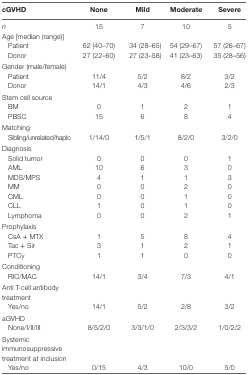
<table><thead><tr><td><b>cGVHD</b></td><td><b>None</b></td><td><b>Mild</b></td><td><b>Moderate</b></td><td><b>Severe</b></td></tr></thead><tbody><tr><td><i>n</i></td><td>15</td><td>7</td><td>10</td><td>5</td></tr><tr><td>Age [median (range)]</td><td></td><td></td><td></td><td></td></tr><tr><td> Patient</td><td>62 (40–70)</td><td>34 (28–65)</td><td>54 (29–67)</td><td>57 (26–67)</td></tr><tr><td> Donor</td><td>27 (22–60)</td><td>27 (23–58)</td><td>41 (23–63)</td><td>35 (28–56)</td></tr><tr><td>Gender (male/female)</td><td></td><td></td><td></td><td></td></tr><tr><td> Patient</td><td>11/4</td><td>5/2</td><td>8/2</td><td>3/2</td></tr><tr><td> Donor</td><td>14/1</td><td>4/3</td><td>4/6</td><td>2/3</td></tr><tr><td>Stem cell source</td><td></td><td></td><td></td><td></td></tr><tr><td> BM</td><td>0</td><td>1</td><td>2</td><td>1</td></tr><tr><td> PBSC</td><td>15</td><td>6</td><td>8</td><td>4</td></tr><tr><td>Matching</td><td></td><td></td><td></td><td></td></tr><tr><td> Sibling/unrelated/haplo</td><td>1/14/0</td><td>1/5/1</td><td>8/2/0</td><td>3/2/0</td></tr><tr><td>Diagnosis</td><td></td><td></td><td></td><td></td></tr><tr><td> Solid tumor</td><td>0</td><td>0</td><td>0</td><td>1</td></tr><tr><td> AML</td><td>10</td><td>6</td><td>3</td><td>0</td></tr><tr><td> MDS/MPS</td><td>4</td><td>1</td><td>1</td><td>3</td></tr><tr><td> MM</td><td>0</td><td>0</td><td>2</td><td>0</td></tr><tr><td> CML</td><td>0</td><td>0</td><td>1</td><td>0</td></tr><tr><td> CLL</td><td>1</td><td>0</td><td>1</td><td>0</td></tr><tr><td> Lymphoma</td><td>0</td><td>0</td><td>2</td><td>1</td></tr><tr><td>Prophylaxis</td><td></td><td></td><td></td><td></td></tr><tr><td> CsA + MTX</td><td>1</td><td>5</td><td>8</td><td>4</td></tr><tr><td> Tac + Sir</td><td>3</td><td>1</td><td>2</td><td>1</td></tr><tr><td> PTCy</td><td>1</td><td>1</td><td>0</td><td>0</td></tr><tr><td>Conditioning</td><td></td><td></td><td></td><td></td></tr><tr><td> RIC/MAC</td><td>14/1</td><td>3/4</td><td>7/3</td><td>4/1</td></tr><tr><td>Anti T-cell antibody treatment</td><td></td><td></td><td></td><td></td></tr><tr><td> Yes/no</td><td>14/1</td><td>5/2</td><td>2/8</td><td>3/2</td></tr><tr><td>aGVHD</td><td></td><td></td><td></td><td></td></tr><tr><td> None/I/II/III</td><td>8/5/2/0</td><td>3/3/1/0</td><td>2/3/3/2</td><td>1/0/2/2</td></tr><tr><td>Systemic immunosuppressive treatment at inclusion</td><td></td><td></td><td></td><td></td></tr><tr><td> Yes/no</td><td>0/15</td><td>4/3</td><td>10/0</td><td>5/0</td></tr></tbody></table>